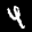
Label: 4